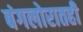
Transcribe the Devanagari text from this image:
बंगलोरातही